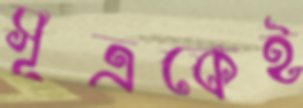
সূত্রকেই